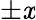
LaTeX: \pm\mathit{x}